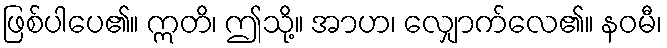
ဖြစ်ပါပေ၏။ ဣတိ၊ ဤသို့။ အာဟ၊ လျှောက်လေ၏။ နဝမီ၊